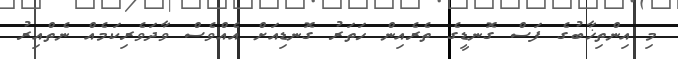
މި އިންތިޚާބުގެ ފަސް ގޮނޑީގެ ތެރެއިން ހަތަރު ގޮނޑިއަށް އެއްވެސް ވާދަވެރިކަމެއް ނެތްއިރު